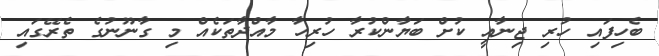
ބެހިފައި ހުރި ޖިނާއީ ކުށް ބަޔާންކުރާ ހުރިހާ މާއްދާތަކެއް މި ގާނޫނުގެ ތެރޭގައި